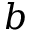
\boldsymbol { b }